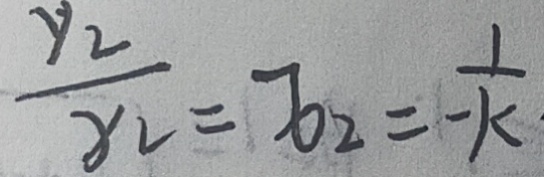
\frac { y _ { 2 } } { x _ { 2 } } = x _ { 2 } = \frac { 1 } { - k } \cdot